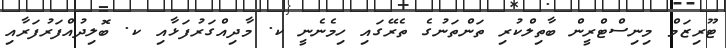
ޓޫރިޒަމް މިނިސްޓްރީން ބާތިލްކުރި ތަންތަނުގެ ތެރޭގައި ހިމެނެނީ ކ. މާދިއްގަރުފަޅާއި ކ. ބޮލިދުއްފަރުފަރާއި